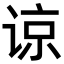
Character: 谅